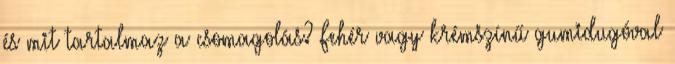
és mit tartalmaz a csomagolás? Fehér vagy krémszínű gumidugóval